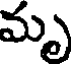
మృ